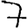
Digit: 7